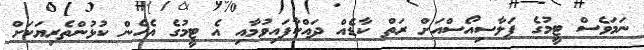
ނަމަވެސް ޓީމުގެ ޕަލާސިއޯސްއަށް ރަތް ކާޑެއް ދައްކާފައިވުމާއި އެ ޓީމުގެ އެހެން ކުޅުންތެރިޔަކަށް